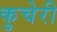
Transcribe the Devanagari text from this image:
कुचेरी